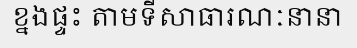
ខ្នងផ្ទះ តាមទីសាធារណៈនានា